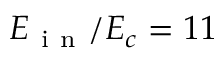
E _ { \mathrm { ~ i ~ n ~ } } / E _ { c } = 1 1